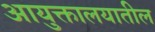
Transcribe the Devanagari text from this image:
आयुक्तालयातील